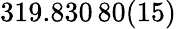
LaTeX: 319.830\, 80(15)